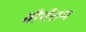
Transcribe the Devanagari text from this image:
वीर्यराम